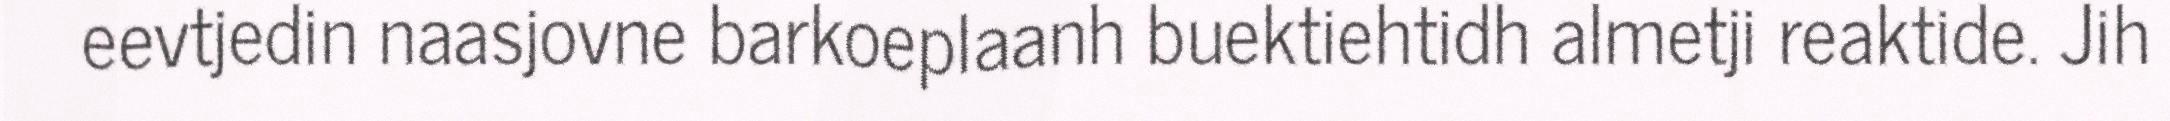
eevtjedin naasjovne barkoeplaanh buektiehtidh almetji reaktide. Jih